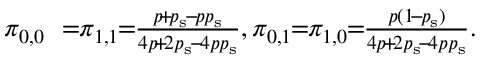
\begin{array} { r l } { \pi _ { 0 , 0 } } & { \! \! = \! \! \pi _ { 1 , 1 } \! \! = \! \! \frac { p \! + \! p _ { \mathrm { s } } \! - \! p p _ { \mathrm { s } } } { 4 p \! + \! 2 p _ { \mathrm { s } } \! - \! 4 p p _ { \mathrm { s } } } , \pi _ { 0 , 1 } \! \! = \! \! \pi _ { 1 , 0 } \! \! = \! \! \frac { p ( 1 \! - \! p _ { \mathrm { s } } ) } { 4 p \! + \! 2 p _ { \mathrm { s } } \! - \! 4 p p _ { \mathrm { s } } } . } \end{array}